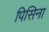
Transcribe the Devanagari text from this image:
पिसिना